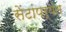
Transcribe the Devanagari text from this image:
सेंटांपर्यंत